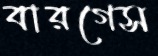
বারগেস